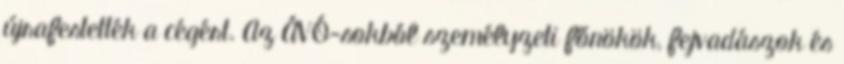
újrafestették a cégért. Az ÁVÓ-sokból személyzeti főnökök, fejvadászok és